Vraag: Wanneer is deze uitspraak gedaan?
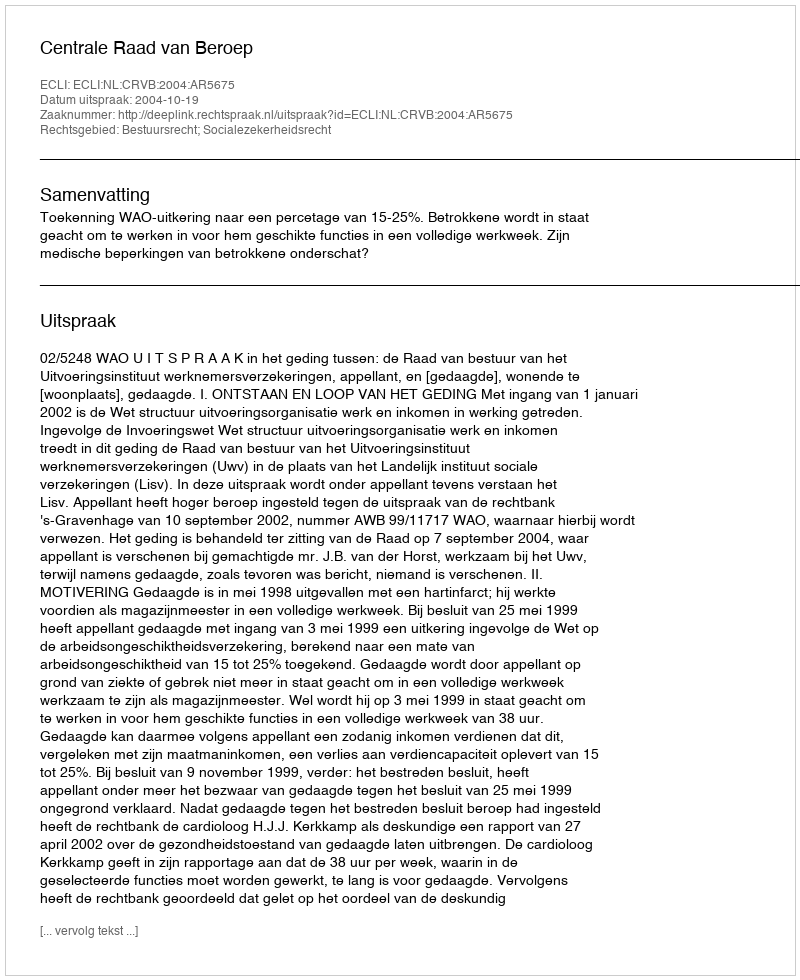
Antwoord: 2004-10-19